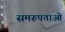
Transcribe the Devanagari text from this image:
समरूपताओं